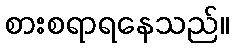
စားစရာရနေသည်။